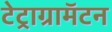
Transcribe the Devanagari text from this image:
टेट्राग्रामॅटन